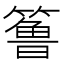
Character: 𱸧